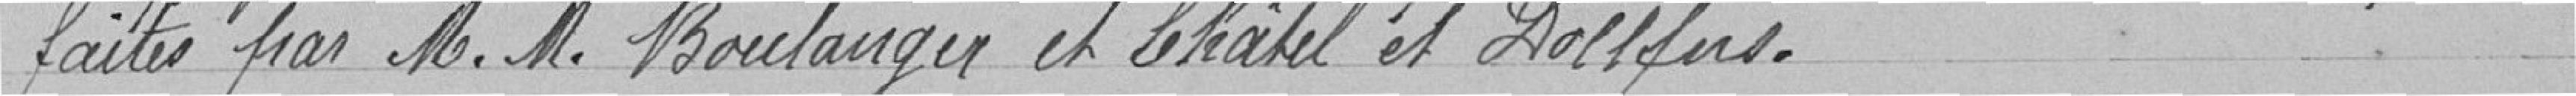
faites far N. M. BBoulanger et Schakel et Dochters.